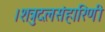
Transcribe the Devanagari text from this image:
।शत्रुदलसंहारिणी